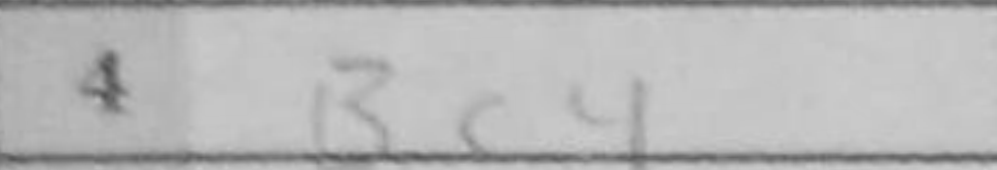
Transcription: Bc4